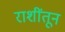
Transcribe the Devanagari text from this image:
राशींतून